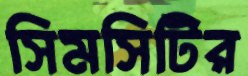
সিমসিটির